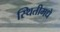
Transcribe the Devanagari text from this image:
स्थितीमधे